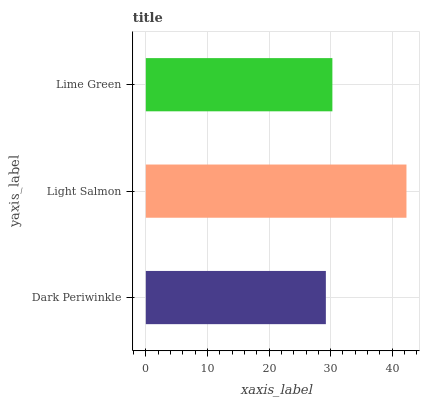
| yaxis_label | bars |
 | --- | --- |
 | Dark Periwinkle | 29.2 |
 | Light Salmon | 42.3 |
 | Lime Green | 30.3 |